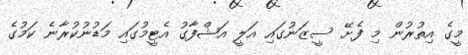
މީގެ އިތުރުން މި ފެށޭ ސީޒަނުގައި އަލީ އަޝްފާގު އެޓީމުގައި މަޑުނުކުރާނެ ކަމުގެ